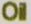
Oil